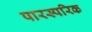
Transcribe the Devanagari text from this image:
पारस्‍परिक